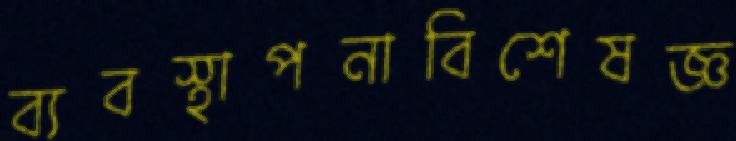
ব্যবস্থাপনাবিশেষজ্ঞ